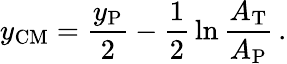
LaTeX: y_{\mathrm{CM}}={\frac{y_{\mathrm{P}}}{2}}-{\frac{1}{2}}\ln{\frac{A_{\mathrm{T}}}{A_{\mathrm{P}}}}\, .